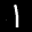
Label: 1